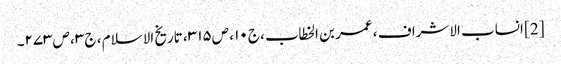
[2] انساب الاشراف ، عمر بن الخطاب ، ج۱۰ ، ص۳۱۵ ، تاریخ الاسلام ، ج۳ ، ص۲۷۳۔